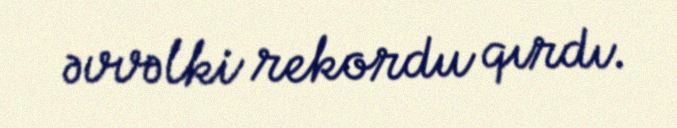
əvvəlki rekordu qırdı.